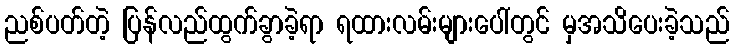
ညစ်ပတ်တဲ့ ပြန်လည်ထွက်ခွာခဲ့ရာ ရထားလမ်းများပေါ်တွင် မှအသိပေးခဲ့သည်